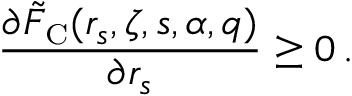
\frac { \partial \tilde { F } _ { \scriptscriptstyle \mathrm { C } } ( r _ { s } , \zeta , s , \alpha , q ) } { \partial r _ { s } } \geq 0 \, .